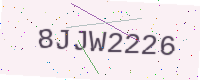
Text: 8JJW2226